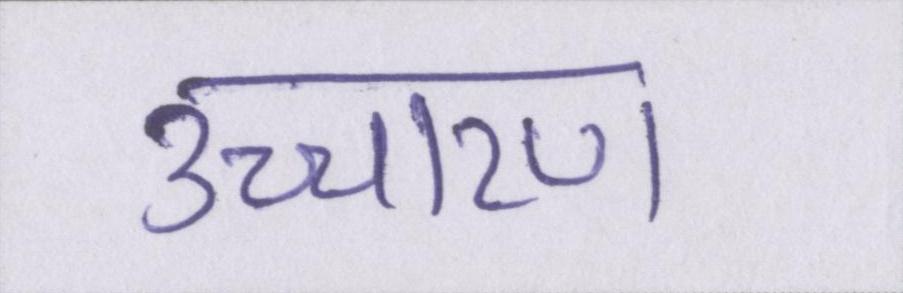
उच्चारण